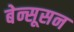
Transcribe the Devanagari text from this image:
बेन्सूसन